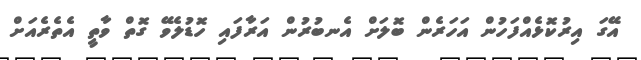
އޭގަ އިރުކޮޅެއްފަހުން އަހަރެން ބޮލަށް އެނބުރުން އަރާފައި ހޮޑުލެވޭ ގޮތް ވާތީ އެތެރެއަށް